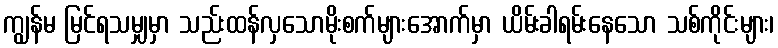
ကျွန်မ မြင်ရသမျှမှာ သည်းထန်လှသောမိုးစက်များအောက်မှာ ယိမ်းခါရမ်းနေသော သစ်ကိုင်းများ၊